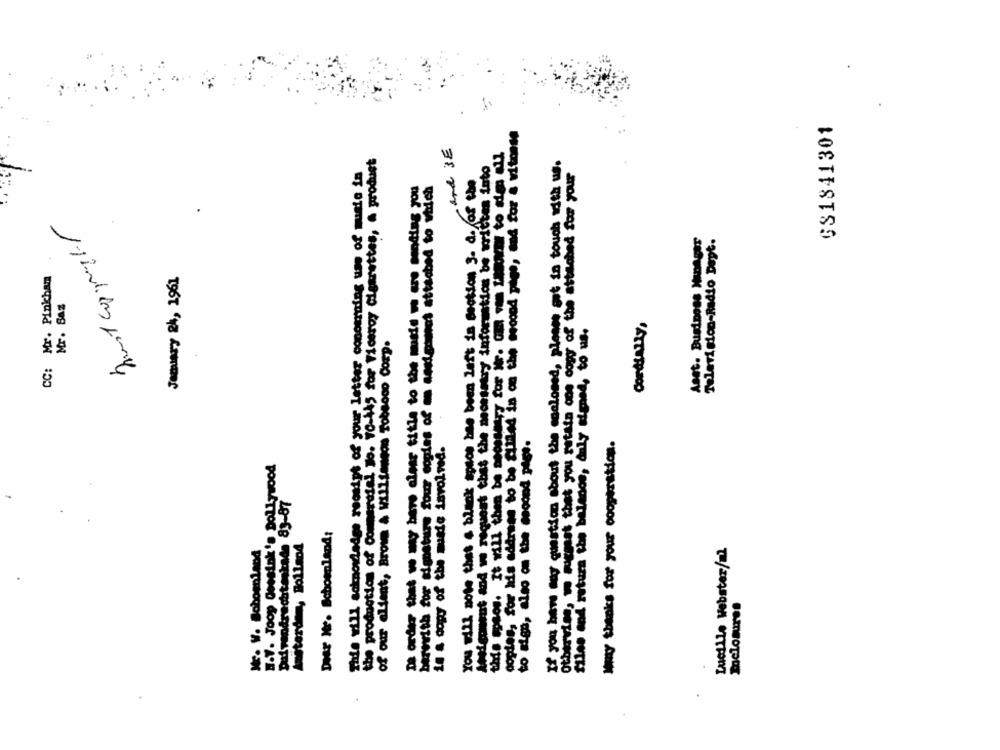
GS1841301
and BE
the production of Commercial Jo. 70-445 for Viceroy cigarettes, . produst
If you have my questions about the enclosed, please get in touch with us.
barewith for signature four copies of an assignment attached to which
Television-Radio Dept.
Mr. Pinkham
January 24, 1961
Mr. BAZ
3
Le
Mr. W. Boboenland
Amsterdam Bo1land
Lucille Webster/ml
POORATTOC ., 1938400 GOOS .A.E
sameoTour